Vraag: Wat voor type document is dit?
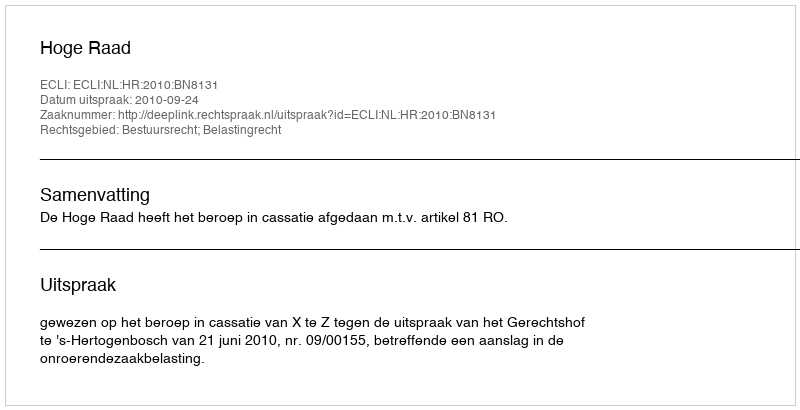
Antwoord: Uitspraak